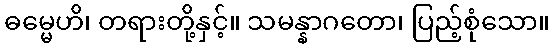
ဓမ္မေဟိ၊ တရားတို့နှင့်။ သမန္နာဂတော၊ ပြည့်စုံသော။